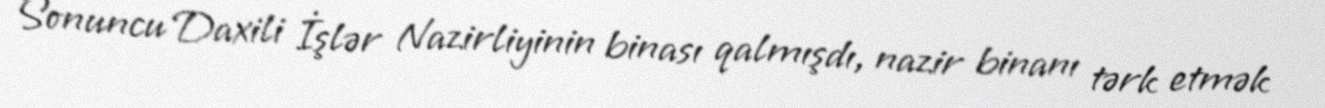
Sonuncu Daxili İşlər Nazirliyinin binası qalmışdı, nazir binanı tərk etmək